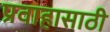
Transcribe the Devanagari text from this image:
प्रवाहासाठी